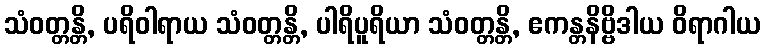
သံဝတ္တန္တိ, ပရိဝါရာယ သံဝတ္တန္တိ, ပါရိပူရိယာ သံဝတ္တန္တိ, ဧကန္တနိဗ္ဗိဒါယ ဝိရာဂါယ